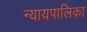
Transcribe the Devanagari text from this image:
न्‍यायपालिका